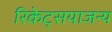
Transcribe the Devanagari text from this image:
रिकेट्सयाजन्य